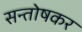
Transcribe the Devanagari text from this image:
सन्तोषकर